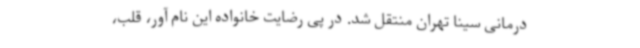
درمانی سینا تهران منتقل شد. در پی رضایت خانواده این نام آور، قلب،